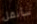
سأنقل